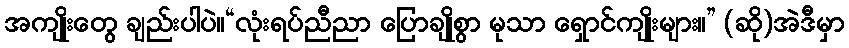
အကျိုးတွေ ချည်းပါပဲ။“လုံးရပ်ညီညာ ပြောချိုစွာ မုသာ ရှောင်ကျိုးများ။” (ဆို)အဲဒီမှာ